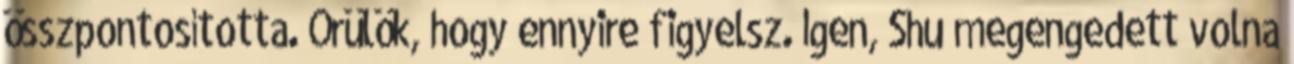
összpontosította. Örülök, hogy ennyire figyelsz. Igen, Shu megengedett volna